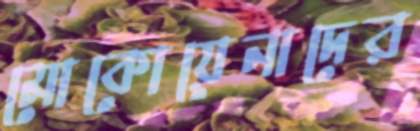
মোকোয়েনাদের